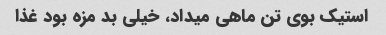
استیک بوی تن ماهی میداد، خیلی بد مزه بود غذا